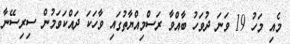
މެެއި މަހު 19 ވަނަ ދުވަހު ބާއްވާ ރަސްމިއްޔާތުގައި ވާހަކަ ދައްކަވަމުން ސިރިސޭނާ